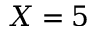
X = 5